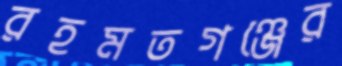
রহমতগঞ্জের